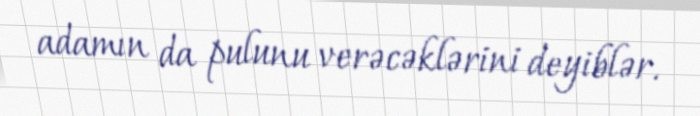
adamın da pulunu verəcəklərini deyiblər.